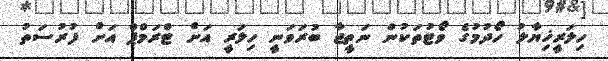
ހިލަރީޚިޔާލު ހޯދުމުގެ ވޯޓުތަކުން ނަތީޖާ ބުރަވަނީ ހިލަރީ އަށް ޓްރަމްޕް އަށް ފުރުސަތު